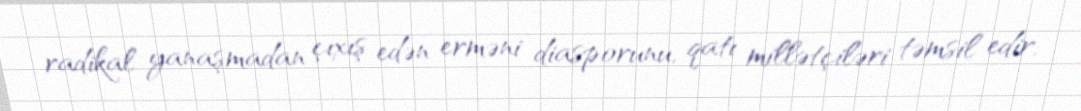
radikal yanaşmadan çıxış edən erməni diasporunu, qatı millətçiləri təmsil edir.